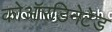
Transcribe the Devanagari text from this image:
कोऑरडिनेटेड